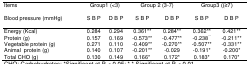
| Items | <COLSPAN=2> Group1 (<3) | <COLSPAN=2> Group 2 (3-7) | <COLSPAN=2> Group3 ((≥7) |
 | Blood pressure (mmHg) | S B P | D B P | S B P | D B P | S B P | D B P |
 | --- | --- | --- | --- | --- | --- | --- |
 | Energy (Kcal) | 0.284 | 0.294 | 0.361** | 0.284** | 0.362** | 0.421** |
 | Protein (g) | 0.157 | 0.169 | -0.573** | -0.477** | -0.238** | -0.211** |
 | Vegetable protein (g) | 0.271 | 0.110 | -0.409** | -0.270** | -0.507** | -0.331** |
 | Animal protein (g) | 0.140 | 0.107 | -0.201** | -0.029 | -0.191* | -0.200* |
 | Total CHO (g) | 0.130 | 0.149 | 0.166* | 0.172* | 0.183* | 0.170* |